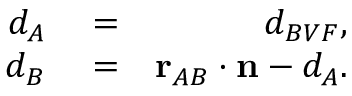
\begin{array} { r l r } { d _ { A } } & { { } = } & { d _ { B V F } , } \\ { d _ { B } } & { { } = } & { \mathbf { r } _ { A B } \cdot \mathbf { n } - d _ { A } . } \end{array}